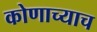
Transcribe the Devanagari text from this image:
कोणाच्याच